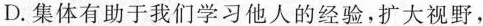
D.集体有助于我们学习他人的经验，扩大视野，